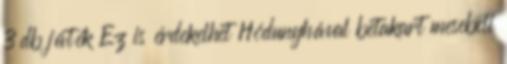
3 db játék Ez is érdekelhet Hódunyhával betakart mesebeli